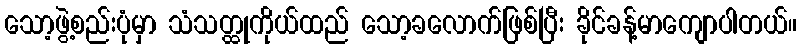
သော့ဖွဲ့စည်းပုံမှာ သံသတ္ထုကိုယ်ထည် သော့ခလောက်ဖြစ်ပြီး ခိုင်ခန့်မာကျောပါတယ်။